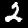
Label: 2